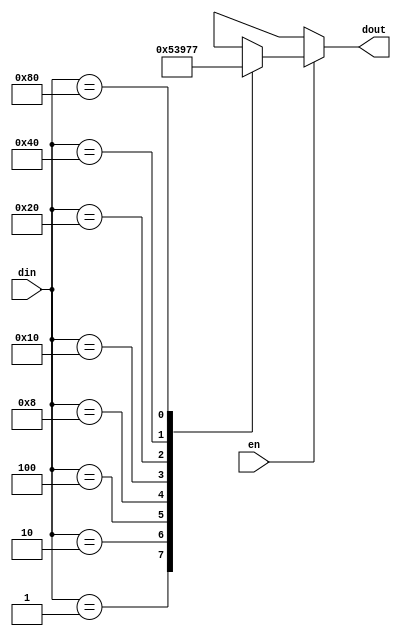
//code
module enc83(din,dout,en);
input [7:0]din;
input en;
output reg [2:0]dout;
//behavioural
always@(*)
begin
if(!en)
         dout = 3'bxxx;
else
 case(din)
    
    8'b00000001: dout = 3'b000;
    8'b00000010: dout = 3'b001;
    8'b00000100: dout = 3'b010;
    8'b00001000: dout = 3'b011;
    8'b00010000: dout = 3'b100;
    8'b00100000: dout = 3'b101;
    8'b01000000: dout = 3'b110;
    8'b10000000: dout = 3'b111;
    default : dout = 3'bxxx;
    endcase
end 

//Dataflow

 /*
 assign dout[2] = din[4]|din[5]|din[6]|din[7];
 assign dout[1] = din[2]|din[3]|din[6]|din[7];
 assign dout[0] = din[1]|din[5]|din[3]|din[7];
*/

//gatelevel
/*
or or1(dout[2],din[4],din[5],din[6],din[7]);
or or2(dout[1],din[2],din[3],din[6],din[7]);
or or3(dout[0],din[1],din[5],din[3],din[7]);
*/
endmodule

//testbench

module enc83tb;
reg en;
reg [7:0]din;
wire [2:0]dout;

enc83 enc83t(.din(din),.dout(dout),.en(en));
initial 
    begin
    en = 0; 
    #5 en = 1;
      #5 din = 8'b00000001;
      #5 din = 8'b00000010;
      #5 din = 8'b00000100;
      #5 din = 8'b00001000;
      #5 din = 8'b00010000;
      #5 din = 8'b00100000;
      #5 din = 8'b01000000;
      #5 din = 8'b10000000;
      #5 din = 8'b00001000;    
    
    $finish;
    end
always@(din)
$monitor("time=%0t,din = %0b, dout = %0b",$time,din,dout);


endmodule